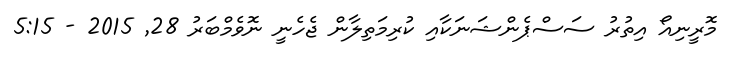
މޮރީނިއޯ އިތުރު ސަސްޕެންޝަނަކާއި ކުރިމަތިލާން ޖެހެނީ ނޮވެމްބަރު 28